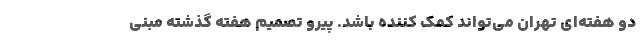
دو هفته‌ای تهران می‌تواند کمک کننده باشد. پیرو تصمیم هفته گذشته مبنی